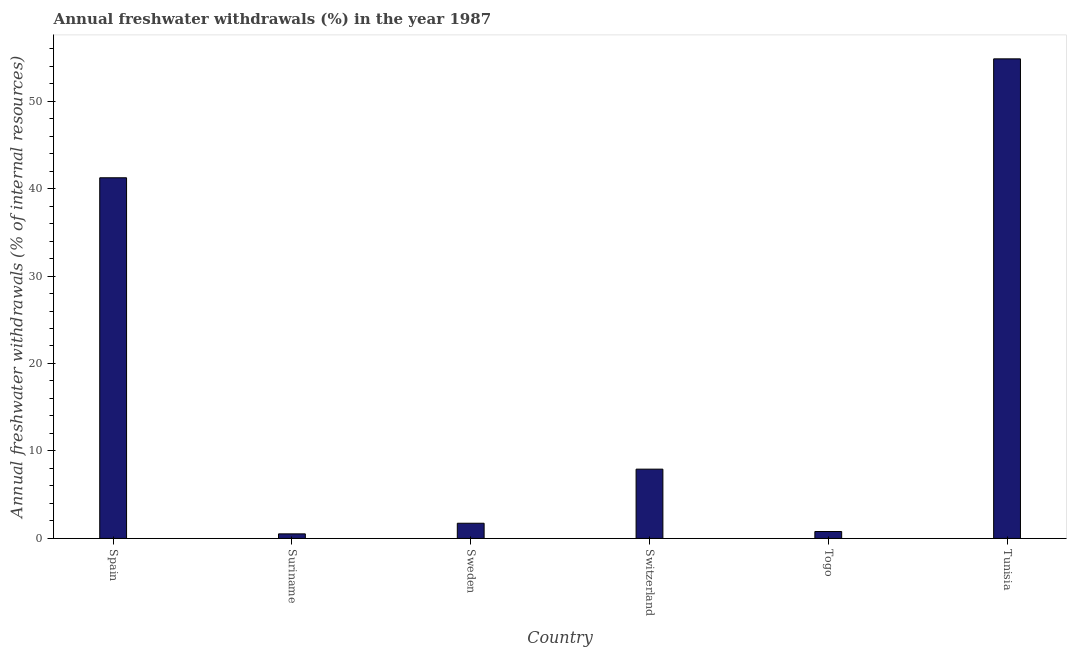
| Country | Annual freshwater withdrawals |
 | --- | --- |
 | Spain | 41.2 |
 | Suriname | 0.523 |
 | Sweden | 1.74 |
 | Switzerland | 7.92 |
 | Togo | 0.791 |
 | Tunisia | 54.8 |